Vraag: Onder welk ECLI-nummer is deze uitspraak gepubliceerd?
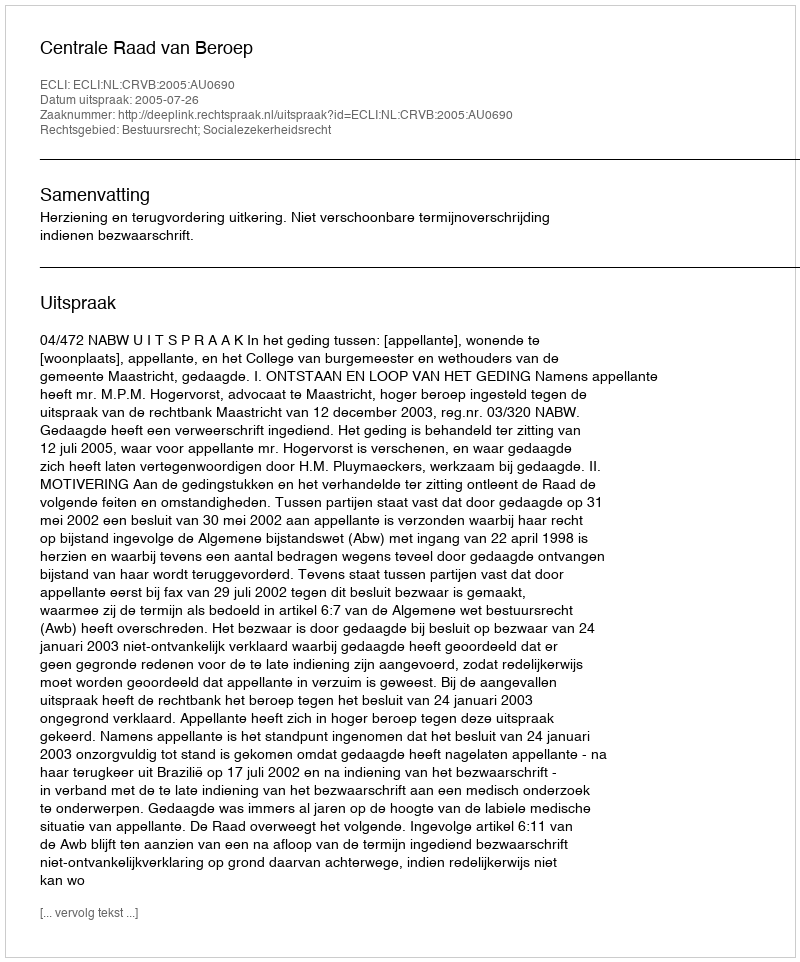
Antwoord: ECLI:NL:CRVB:2005:AU0690